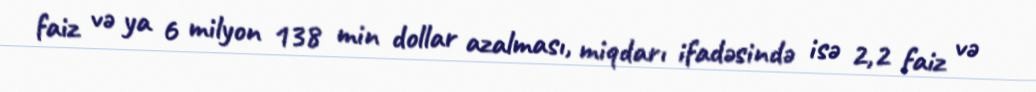
faiz və ya 6 milyon 138 min dollar azalması, miqdarı ifadəsində isə 2,2 faiz və